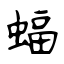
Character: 蝠